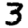
Digit: 3